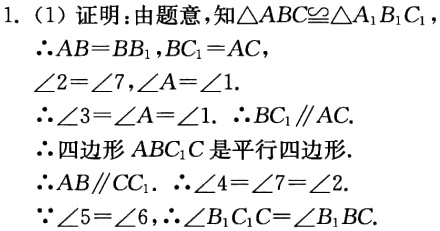
1. (1) 证明：由题意，知\(\triangle ABC\cong\triangle A_{1}B_{1}C_{1}\)

\(\therefore AB = BB_{1},BC_{1}=AC\)，

\(\angle2=\angle7,\angle A=\angle1\).

\(\therefore\angle3=\angle A=\angle1.\ \therefore BC_{1}\parallel AC\).

\(\therefore\)四边形\(ABC_{1}C\)是平行四边形.

\(\therefore AB\parallel CC_{1}.\ \therefore\angle4=\angle7=\angle2\).

\(\because\angle5 = \angle6,\therefore\angle B_{1}C_{1}C=\angle B_{1}BC\).